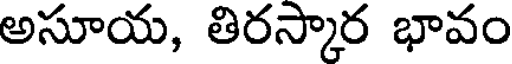
అసూయ, తిరస్కార భావం